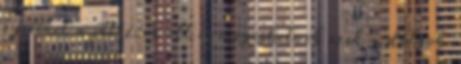
gyereket a játszóra ott is megeshetnek ezek a dolgok